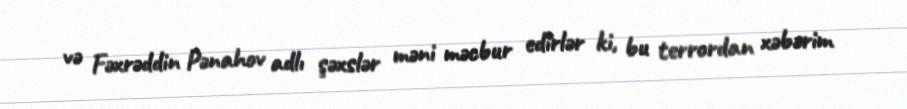
və Fəxrəddin Pənahov adlı şəxslər məni məcbur edirlər ki, bu terrordan xəbərim